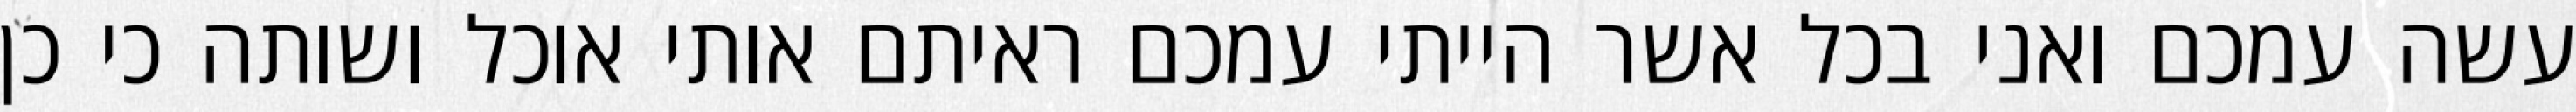
עשה עמכם ואני בכל אשר הייתי עמכם ראיתם אותי אוכל ושותה כי כן